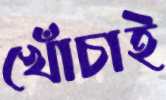
খোঁচাই